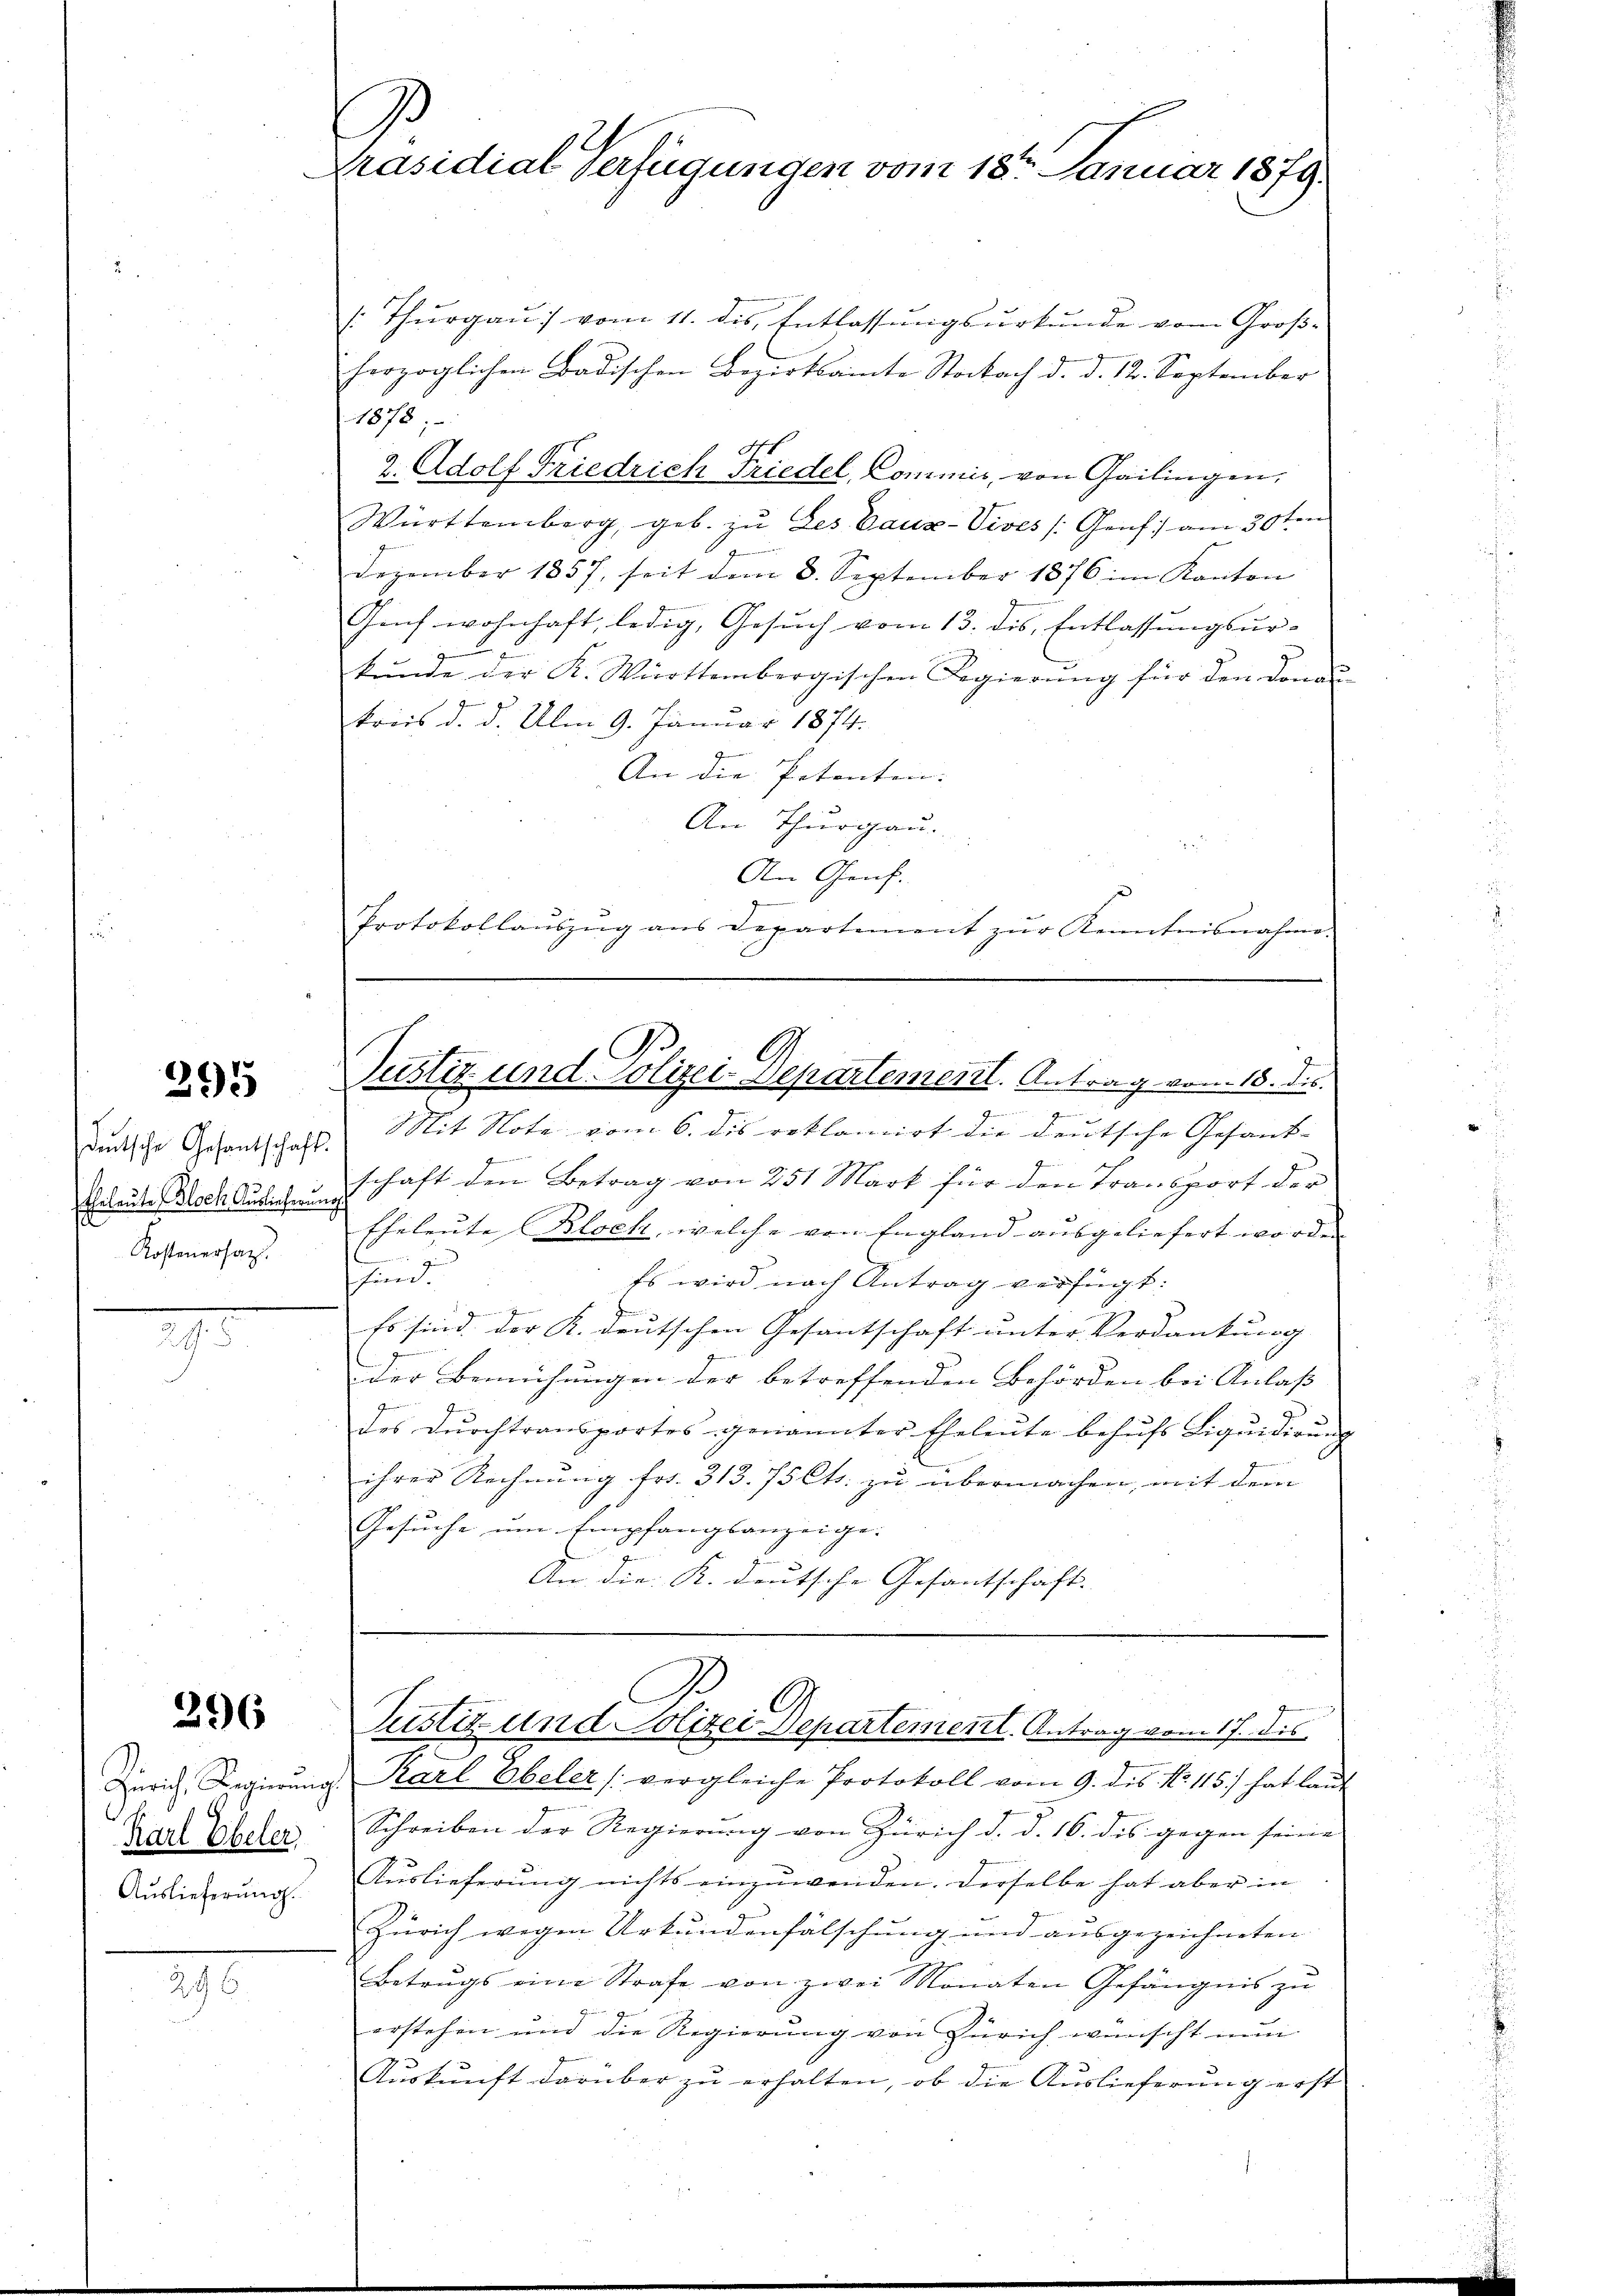
295

deutsche Gesantschaft
Eheleute (Bloch Auslieferun
d
Kostenersagt

19

296

Zürich. Regierung.
Karl Eheler
Auslieferung.

296.

Präsidial Verfügungen vom 18. Januar 1879.

[Thurgau vom 11. des Entlassungsurkunde vom Großherzoglichen Badischen Bezirksamte Stockach d. d. 12. September
1878;
2. Adolf Friedrich Friedel, Commis, von Gailingen,
Württemberg, geb. zu Les aus-Vives (Genf) am 30ten
Dezember 1857, seit dem 8. September 1876 im Kanton
Genf wohnhaft, ledig, Gesuch vom 13. des Entlassungsurkŭnde der K. Württembergischen Regierŭng für den donan
kreis d. d. Am 9. Januar 1874.
An die Petenten.
An Thurgau.

An Genf.
Protokollaŭszŭg ans Departement zŭr Kenntnisnahme.
Justiz und Polizei-Departement. Antrag vom 18. ds.
n
Mit Note vom 6. dis reklamirt die deutsche Gesand-
Armen
schaft den Betrag von 251 Mark für den Transport der
Eheleute (Bloch, welche von England ausgeliefert worden
.
fin- |
Es wird nach Antrag verfügt:
Es sind der K. deutschen Gesantschaft unter Verdankung |
der Bemühungen der betreffenden Behörden bei Anlass |
g
des dŭrchtransportes genannter Eheleute behŭfs Liqŭidierŭng
ihrer Rechnung fr. 313. 75 Cts. zu übermachen, mit dem
Gesuche um Empfangsanzeige.
An die K. deutsche Gesantschaft. |

3
Justiz- und Polizei Departement. Antrag vom 17. dis

Karl Ebeler (vergleiche Protokoll vom 9. des No 115) hat lau
Schreiben der Regierung von Zürich d. d. 16. dis gegen seine
Auslieferung nichts einzuwenden. Derselbe hat aber in
Zürich wegen Urkundenfälschung und ausgezeichneten
Betrugs eine Strafe von zwei Monaten Gefängnis zŭ
erstehen und die Regierung von Zürich wünscht nun
Aŭskŭnft darüber zu erhalten, ob die Auslieferung erst